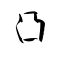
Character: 凸